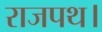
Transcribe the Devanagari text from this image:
राजपथ।